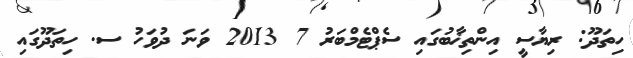
ހިތަދޫ: ރިޔާސީ އިންތިޚާބުގައި ސެޕްޓެމްބަރު 7 2013 ވަނަ ދުވަހު ސ. ހިތަދޫގައި